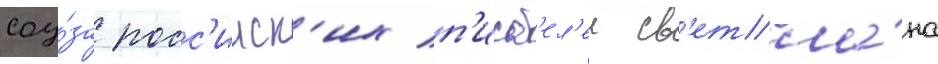
соу́за росс'ииск'их п'исат'ел'еи св'етла́на